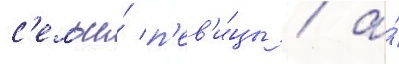
с'емьи́ п'ев'и́цы / а́